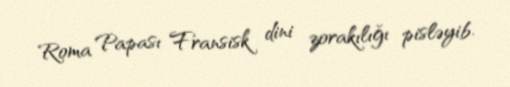
Roma Papası Fransisk dini zorakılığı pisləyib.